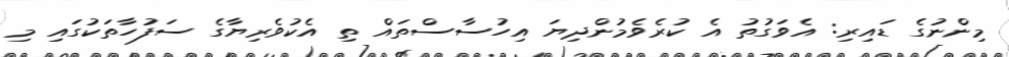
މިންނުގެ ޑައިރި: އެވަގުތު އެ ކުރެވެމުންދިޔަ އިހުސާސްތައް ތި އެކުވެރިޔާގެ ސަފުހާތަކުގައި މި